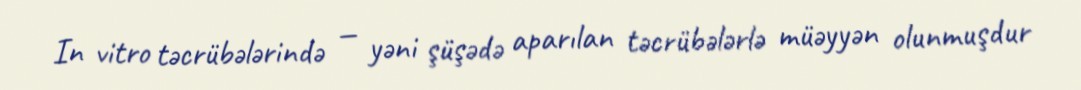
In vitro təcrübələrində — yəni şüşədə aparılan təcrübələrlə müəyyən olunmuşdur